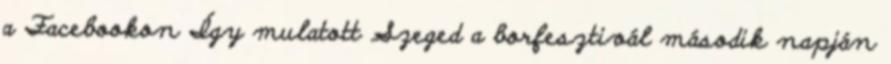
a Facebookon Így mulatott Szeged a borfesztivál második napján